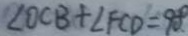
\angle O C B + \angle F C D = 9 0 . ^ { \circ }